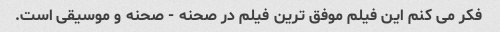
فکر می کنم این فیلم موفق ترین فیلم در صحنه - صحنه و موسیقی است.